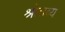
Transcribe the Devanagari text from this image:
श्रोतव्यं